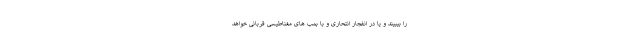
را بیبیند و یا در انفجار انتحاری و با بمب های مغناطیسی قربانی خواهد